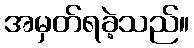
အမှတ်ရခဲ့သည်။